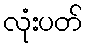
လုံးပတ်